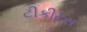
ટીકીટસ